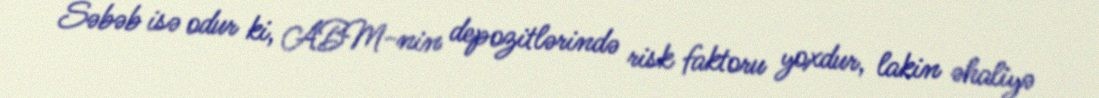
Səbəb isə odur ki, ABM-nin depozitlərində risk faktoru yoxdur, lakin əhaliyə